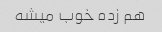
هم زده خوب میشه